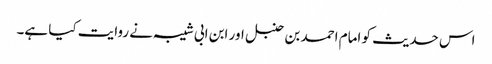
اس حدیث کو امام احمد بن حنبل اور ابن ابی شیبہ نے روایت کیا ہے۔